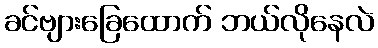
ခင်ဗျားခြေထောက် ဘယ်လိုနေလဲ